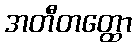
အတီတတ္ထော